Lunatic asylums Burma 1907-21 - 1907-1921
Year: 1907
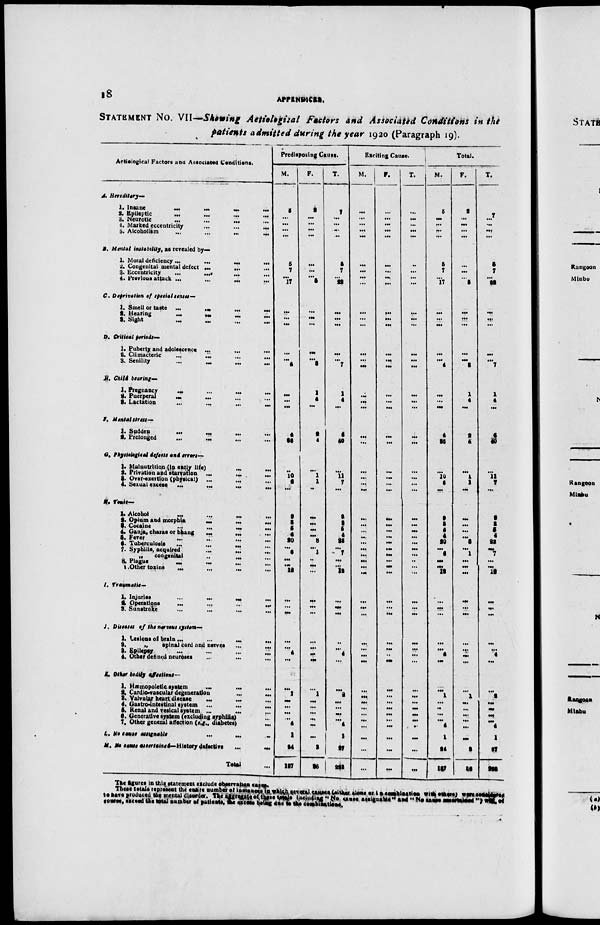
18
APPENDICES.
STATEMENT No. VII—showing Aetiogical Factors and Associated Conditions in the
patients admitted during the year 1920 (Paragraph 19).
Aetiological Factors ana Associated Conditions.
A.Heriditary—
1. Insane
...
...
...
...
2. Epileptic ... ... ... ...
3. Neurotic
...
...
... ...
4. Marked eccentricity
...
...
...
5. Alcoholism
...
...
...
...
B. Mental instability, as revealed by—
1.Moral deficiency
...
...
...
...
2. Congenital mental defect ... ... ...
3. Eccentricity ... ... ... ...
4. Previoue attack
...
...
...
...
C. Deprivation of special senses—
1. Smell or taste
...
...
...
...
2. Hearing
...
...
...
...
3. Sight ... ... ... ...
D. Critical periods—
1. Puberty; and adolescence ... ... ...
2. Climacteric ... ... ... ...
3. Senility
...
...
...
...
E. Child bearing—
1. Pregnancy ... ... ... ...
2. Puerperal ... ... ... ...
3. Lactation
...
...
...
...
F. Mental stress—
1. Sodden
...
...
...
2. Prolonged
...
... ... ...
G.Physiological deffects and errors—
1. Malnutrition Up early life) ... ...
2. Privation and starvation ...
...
...
3. Over-exertion (physical) ... ... ...
4. Sexual excess
...
...
...
...
H. Toxia—
1. Alcohol ... ... ... ...
2. Opinm and morphia
...
...
...
3. Cocaine ... ... ... ...
4. Ganja, charas or bhang
...
...
...
5. Fever ... ... ... ...
6. Tuberculosis
...
...
...
...
7. Syphilis, acquired ... ... ...
„
congenital
...
...
...
8. Plague ... ... ... ...
9 .Other toxins
...
...
...
...
I.
Traumatic—
1. Injuries
...
...
...
...
2. Operations
...
...
...
...
3. Sunstroke ... ... ... ...
J. Disases
of
the nervous sytem—
1. Lesions of brain
...
...
...
...
2
„
spinal cord and nerves
...
...
3. Epilepsy ... ... ... ... ...
4. Other defined neuroses ... ... ...
K. Other bodily affections—
1. Hæmopoietic system ... ... ...
2. Cardio-vascular degeneration ... ...
3. Valvular heart disease
...
...
...
4. Gastro-intestinal system
...
...
...
5. Renal and vesical system ...
...
...
6. Generative system (exclueding syphilis ...
7. Other general affection (e.g., diabetes)
...
...
L. No casuse
assignable ... ... ...
M. No casuse assertained—History
defective
...
...
Total ...
Predisposing Cause.
M.
5
...
...
...
...
5
7
...
17
...
...
...
...
...
4
...
...
...
4
36
...
10 6
...
9
3
5
4
20
...
6
...
...
12
...
...
...
...
...
4
...
...
1
...
...
...
...
4
1
24
197
F.
2
...
...
...
...
...
...
...
5
...
...
...
...
...
3
1
4
...
2
4
...
1
1
..
...
...
...
...
8
...
1
...
...
...
...
...
...
...
...
...
...
...
1
...
...
...
...
...
...
3
36
T.
7
...
...
...
..
5
7
...
22
...
...
...
...
...
7
1
4
...
6
40
...
11
7
...
9
3
5
4
28
...
7
...
...
12
...
...
...
...
...
4
...
...
2
...
...
...
...
4
1
27
223
Exciting Cause.
M.
...
...
...
...
...
...
...
...
...
...
...
...
...
...
...
...
...
...
...
...
...
...
...
...
...
...
...
...
...
...
...
...
...
...
...
...
...
...
...
...
...
...
...
...
...
...
...
...
...
...
...
F.
...
...
...
...
...
...
...
...
...
...
...
...
...
...
...
...
...
...
...
...
...
...
...
...
...
...
...
...
...
...
...
...
...
...
...
...
...
...
...
...
...
...
...
...
...
...
...
...
...
...
...
T.
...
...
...
...
...
...
...
...
...
...
...
...
...
...
...
...
...
...
...
...
...
...
...
..
...
..
...
...
...
...
...
...
...
...
...
...
...
...
...
...
...
...
...
...
...
...
...
...
...
...
...
Total.
M.
5
...
...
...
...
5
7
...
17
...
...
...
...
...
4
...
...
...
4
36
...
10
6
...
9
3
5
4
20
...
6
...
...
12
...
...
...
...
...
4
...
...
1
...
...
...
...
4
1
24
197
F.
2
...
...
...
...
...
...
...
5
...
...
...
...
...
3
1
4
...
2
4
...
1
1
...
...
...
...
...
8
...
1
...
...
...
...
...
...
...
...
...
...
...
1
...
...
...
...
...
...
3
36
T.
7
... ...
...
...
5
7
...
22
...
...
...
...
...
7
1
4
...
6
40
...
11
7
...
9
3
5
4
28
...
7
...
...
12
...
...
...
...
...
4
...
...
2
...
...
...
...
4
1
27
223
The figuree in this statement exclude obbservation cases.
These totals represent the entire number of instances in which serval causes (either alone or in combination with others) were considered
to have prouduced the mental disorder. The aggregate of these totals including " No cause assignable " and " No cause assertained ") will of
causes, exceed the total number of patients, the excess being due to the combinations.